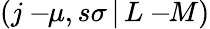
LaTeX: \left(j-\! \! \mu,s\sigma\, |\, L-\! \! M\right)